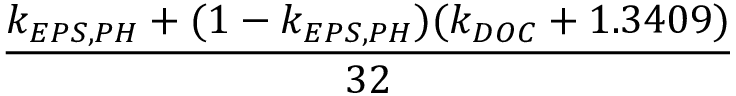
\frac { k _ { E P S , P H } + ( 1 - k _ { E P S , P H } ) ( k _ { D O C } + 1 . 3 4 0 9 ) } { 3 2 }